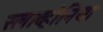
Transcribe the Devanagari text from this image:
स्लाव्होनिया